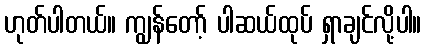
ဟုတ်ပါတယ်။ ကျွန်တော့် ပါဆယ်ထုပ် ရှာချင်လို့ပါ။